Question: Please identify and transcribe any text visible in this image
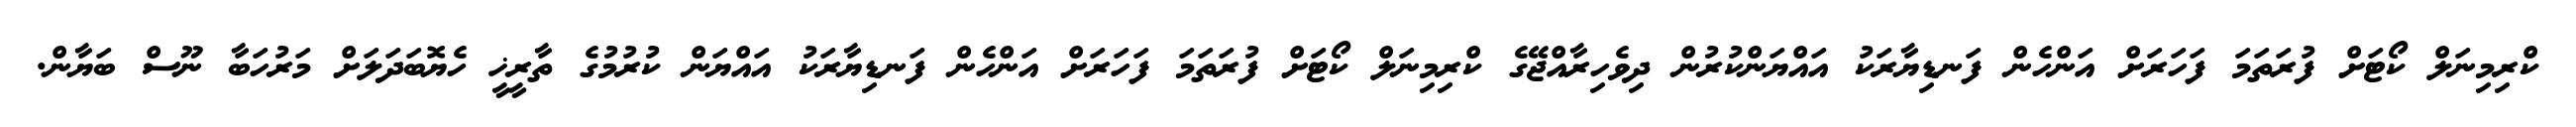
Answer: ކްރިމިނަލް ކޯޓަށް ފުރަތަމަ ފަހަރަށް އަންހެން ފަނޑިޔާރަކު އައްޔަންކުރުން ދިވެހިރާއްޖޭގެ ކްރިމިނަލް ކޯޓަށް ފުރަތަމަ ފަހަރަށް އަންހެން ފަނޑިޔާރަކު އައްޔަން ކުރުމުގެ ތާރީޚީ ހެޔޮބަދަލަށް މަރުހަބާ ނޫސް ބަޔާން.